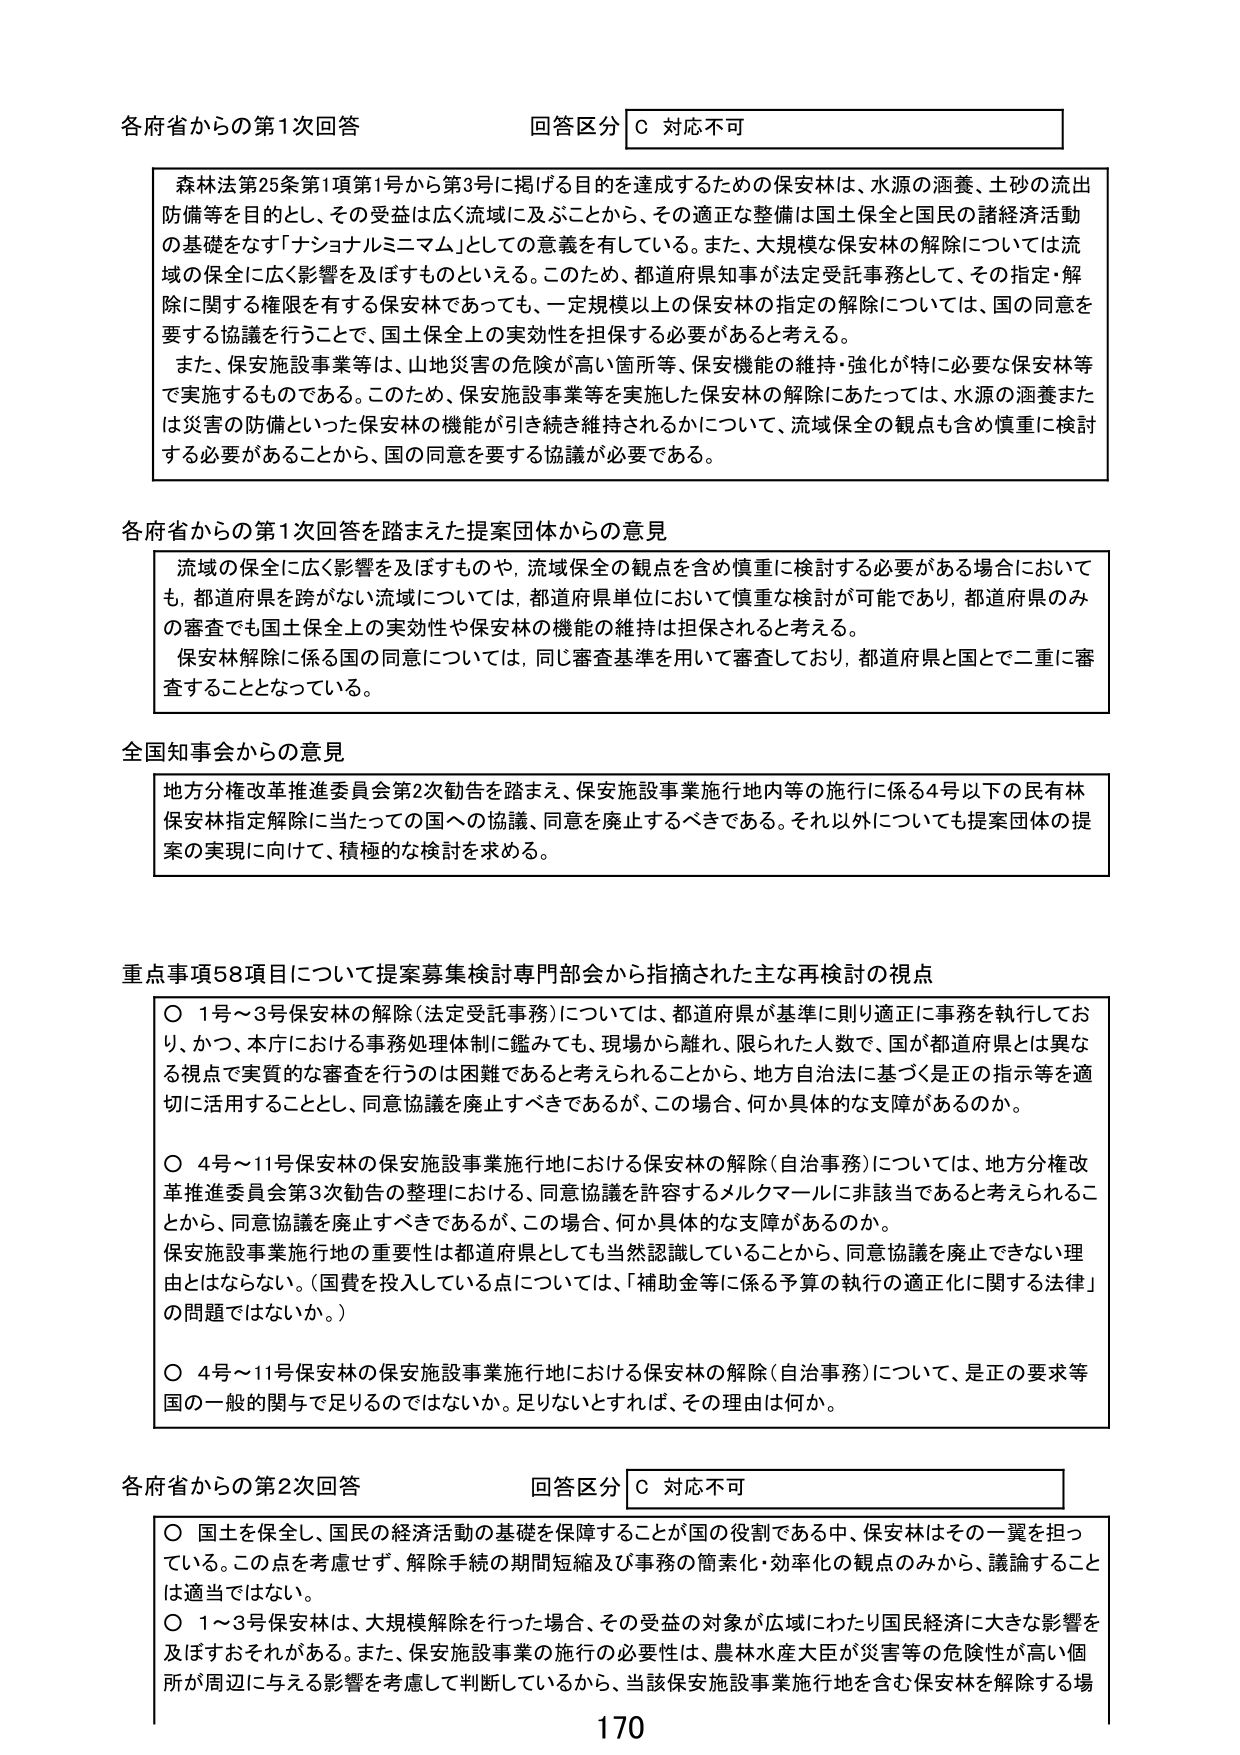
各府省からの第1次回答 回答区分 C 対応不可

森林法第25条第1項第1号から第3号に掲げる目的を達成するための保安林は、水源の涵養、土砂の流出防備等を目的とし、その受益は広く流域に及ぶことから、その適正な整備は国土保全と国民の諸経済活動の基礎をなす「ナショナルミニマム」としての意義を有している。また、大規模な保安林の解除については流域の保全に広く影響を及ぼすものといえる。このため、都道府県知事が法定受託事務として、その指定・解除に関する権限を有する保安林であっても、一定規模以上の保安林の指定の解除については、国の同意を要する協議を行うことで、国土保全上の実効性を担保する必要があると考える。

また、保安施設事業等は、山地災害の危険が高い箇所等、保安機能の維持・強化が特に必要な保安林等で実施するものである。このため、保安施設事業等を実施した保安林の解除にあたっては、水源の涵養または災害の防備といった保安林の機能が引き続き維持されるかについて、流域保全の観点も含め慎重に検討する必要があることから、国の同意を要する協議が必要である。

各府省からの第1次回答を踏まえた提案団体からの意見

流域の保全に広く影響を及ぼすものや、流域保全の観点を含め慎重に検討する必要がある場合においても、都道府県を跨がない流域については、都道府県単位において慎重な検討が可能であり、都道府県のみの審査でも国土保全上の実効性や保安林の機能の維持は担保されると考える。

保安林解除に係る国の同意については、同じ審査基準を用いて審査しており、都道府県と国とで二重に審査することとなっている。

全国知事会からの意見

地方分権改革推進委員会第2次勧告を踏まえ、保安施設事業施行地内等の施行に係る4号以下の民有林保安林指定解除に当たっての国への協議、同意を廃止するべきである。それ以外についても提案団体の提案の実現に向けて、積極的な検討を求める。

重点事項58項目について提案募集検討専門部会から指摘された主な再検討の視点

○ 1号～3号保安林の解除（法定受託事務）については、都道府県が基準に則り適正に事務を執行しており、かつ、本庁における事務処理体制に鑑みても、現場から離れ、限られた人数で、国が都道府県とは異なる視点で実質的な審査を行うのは困難であると考えられることから、地方自治法に基づく是正の指示等を適切に活用することとし、同意協議を廃止すべきであるが、この場合、何か具体的な支障があるのか。

○ 4号～11号保安林の保安施設事業施行地における保安林の解除（自治事務）については、地方分権改革推進委員会第3次勧告の整理における、同意協議を許容するメルクマールに非該当であると考えられることから、同意協議を廃止すべきであるが、この場合、何か具体的な支障があるのか。

保安施設事業施行地の重要性は都道府県としても当然認識していることから、同意協議を廃止できない理由とはならない。（国費を投入している点については、「補助金等に係る予算の執行の適正化に関する法律」の問題ではないか。）

○ 4号～11号保安林の保安施設事業施行地における保安林の解除（自治事務）について、是正の要求等国の一般的関与で足りるのではないのか。足りないとすれば、その理由は何か。

各府省からの第2次回答 回答区分 C 対応不可

○ 国土を保全し、国民の経済活動の基礎を保障することが国の役割である中、保安林はその一翼を担っている。この点を考慮せず、解除手続の期間短縮及び事務の簡素化・効率化の観点のみから、議論することは適当ではない。

○ 1～3号保安林は、大規模解除を行った場合、その受益の対象が広域にわたり国民経済に大きな影響を及ぼすおそれがある。また、保安施設事業の施行の必要性は、農林水産大臣が災害等の危険性が高い個所が周辺に与える影響を考慮して判断しているから、当該保安施設事業施行地を含む保安林を解除する場

170